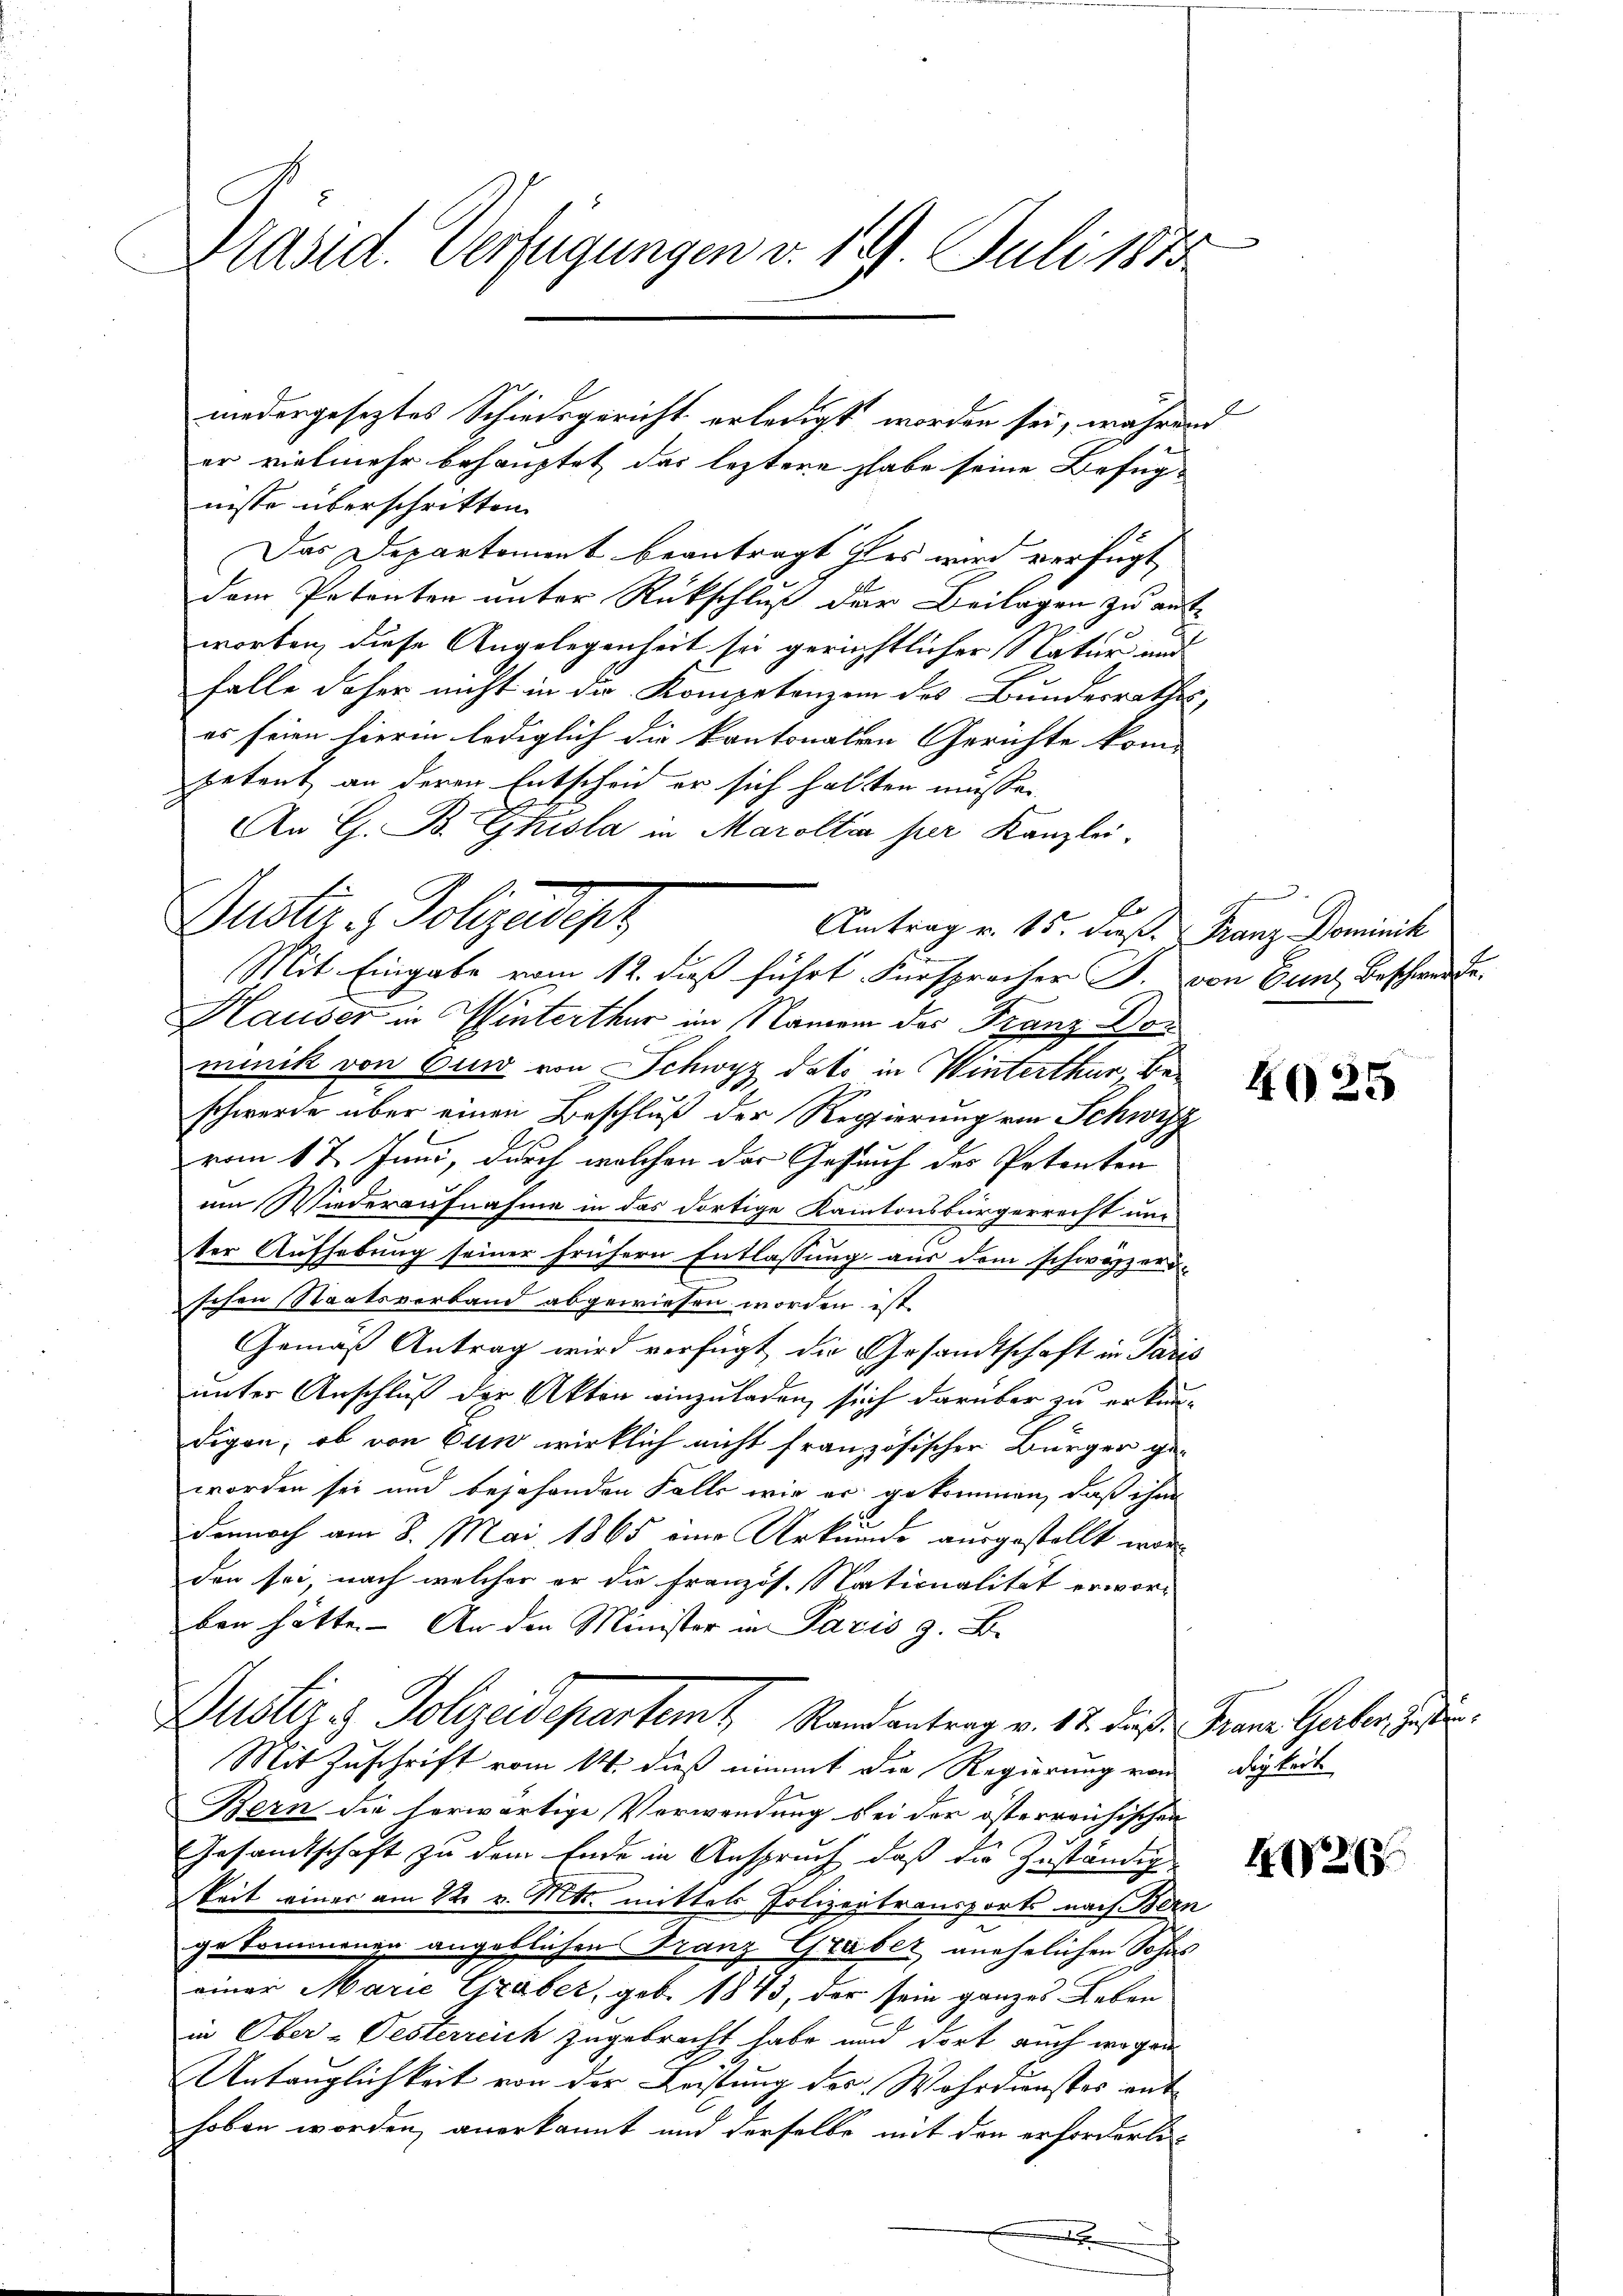
.
Präsid. Verfügungen v. 19. Juli 1873

Puster - Polizeipr

er vielmehr behauptet das leztere habe seine Befug-
nisse überschritten.
Das Departement beantragt des wird verfügt
dem Petenten unter Rückschluß der Beilagen zu ausworten, diese Angelegenheit sie gerichtlicher Natur und
falle daher nicht in die Kompetenzen des Bundesrathes,
es seien hierin lediglich die kantonalen Gerichte kom-
petent an deren Entscheid er sich halten müssen.
An G. B. Ghisla in Marolta per Kanzlei-
r
Antrag v. 15. dieß. Franz Dominik
Mit Eingabe vom 12. dieß führt Fürsprocher J. von Gunz beschwerde.
C
Hauser in Winterthur im Namen des Franz Dor
minik von Cur von Schwyz dato in Winterthur beschwerde über einen Beschluß der Regierung von Schwyz
vom 17. Juni, durch welchen der Gesuch des Petenton
um Wiederaufnahme in das dortige Kantonsbürgerrecht und
ter Aufhebung seiner frühern Entlassung aus dem schweizeri
schon Staatsverband abgewiesen worden ist
Gemäß Antrag wird verfügt die Gesandtschaft in Paris
unter Anschluß der Akten einzuladen, sich darüber zu erkundigen, ob von tun wirklich nicht französischer Bürger ge-
worden sei und bejahenden Falls wie er gekommen, daß ihm
622
dennoch am 8. Mai 1865 eine Urkunde ausgestellt worden sei, nach welcher er die französ. Nationalität erwor-
ben hätte. An den Minister in Paris z. B.
Justiz & Polizeidepartemt, Randantrag v. 17. dieß Franz Garter Justi¬
Mit Zuschrift vom 14. dieß nimmt die Regierung von
Bern die herwärtige Verwendung bei der österreichischen
Gesandtschaft zu dem Ende in Anspruch, daß die Zuständig
Seit einer am 22. v. Mts. mittels Polizeitransports nach Bern
gekommenen angeblichen Franz Graber unehelichen Sohns
einer Marie Graber, geb. 1843, der sein ganzes Leben
in Ober-Oesterreich zugebracht habe und dort auch wegen
Untauglichkeit von der Leistung des Wahrdunstes ent
hoben worden, anerkannt und derselbe mit den erforderlix

niedergeseztes Schiedsgericht erledigt worden sei, während

4025

digkeit.

1267